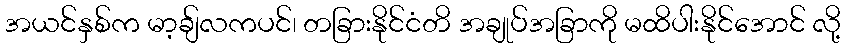
အယင်နှစ်က မာ့ချ်လကပင်၊ တခြားနိုင်ငံတိ အချုပ်အခြာကို မထိပါးနိုင်အောင် လို့